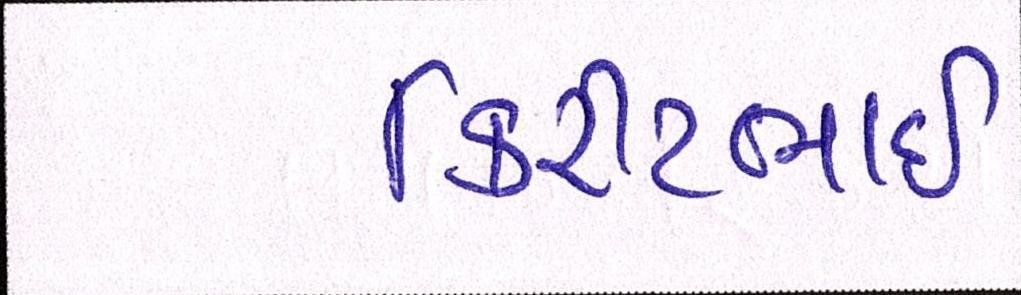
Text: કિરીટભાઈ